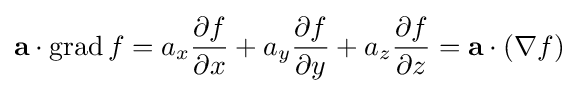
\mathbf {a} \cdot \operatorname {grad} f=a_{x}{\partial f \over \partial x}+a_{y}{\partial f \over \partial y}+a_{z}{\partial f \over \partial z}=\mathbf {a} \cdot (\nabla f)